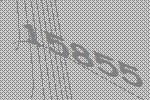
15855